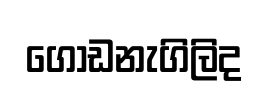
ගොඩනැගිලිද